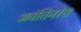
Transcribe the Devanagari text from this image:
अवंतिनरेश